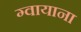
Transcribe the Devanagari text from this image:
ग्वायाना